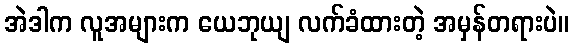
အဲဒါက လူအများက ယေဘုယျ လက်ခံထားတဲ့ အမှန်တရားပဲ။